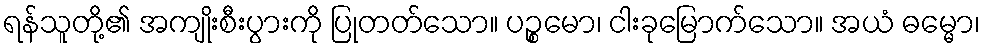
ရန်သူတို့၏ အကျိုးစီးပွားကို ပြုတတ်သော။ ပဉ္စမော၊ ငါးခုမြောက်သော။ အယံ ဓမ္မော၊